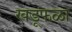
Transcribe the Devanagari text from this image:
खडूफळा